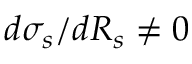
d \sigma _ { s } / d R _ { s } \neq 0